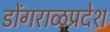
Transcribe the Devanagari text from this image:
डोंगराळप्रदेश